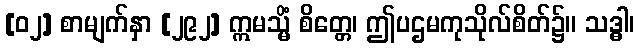
[၀၂] စာမျက်နှာ [၂၉၂] ဣမသ္မိံ စိတ္တေ၊ ဤပဌမကုသိုလ်စိတ်၌။ သဒ္ဓါ၊